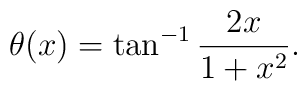
\theta(x) = \tan^{-1} \frac{2x}{1+x^2}.